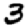
Digit: 3